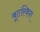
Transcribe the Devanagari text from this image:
बूटस्किन